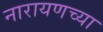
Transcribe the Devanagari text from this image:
नारायणच्या